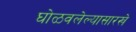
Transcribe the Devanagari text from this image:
घोळवलेल्यासारखे